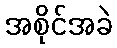
အစိုင်အခဲ